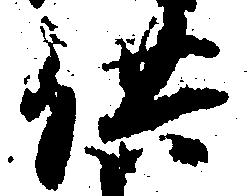
供